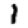
Digit: 1